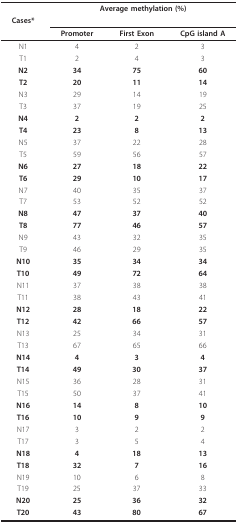
<table><thead><tr><td></td><td colspan="3"><b>Average methylation (%)</b></td></tr><tr><td><b>Cases*</b></td><td></td><td></td><td></td></tr><tr><td></td><td><b>Promoter</b></td><td><b>First Exon</b></td><td><b>CpG island A</b></td></tr></thead><tbody><tr><td>N1</td><td>4</td><td>2</td><td>3</td></tr><tr><td>T1</td><td>2</td><td>4</td><td>3</td></tr><tr><td><b>N2</b></td><td><b>34</b></td><td><b>75</b></td><td><b>60</b></td></tr><tr><td><b>T2</b></td><td><b>20</b></td><td><b>11</b></td><td><b>14</b></td></tr><tr><td>N3</td><td>29</td><td>14</td><td>19</td></tr><tr><td>T3</td><td>37</td><td>19</td><td>25</td></tr><tr><td><b>N4</b></td><td><b>2</b></td><td><b>2</b></td><td><b>2</b></td></tr><tr><td><b>T4</b></td><td><b>23</b></td><td><b>8</b></td><td><b>13</b></td></tr><tr><td>N5</td><td>37</td><td>22</td><td>28</td></tr><tr><td>T5</td><td>59</td><td>56</td><td>57</td></tr><tr><td><b>N6</b></td><td><b>27</b></td><td><b>18</b></td><td><b>22</b></td></tr><tr><td><b>T6</b></td><td><b>29</b></td><td><b>10</b></td><td><b>17</b></td></tr><tr><td>N7</td><td>40</td><td>35</td><td>37</td></tr><tr><td>T7</td><td>53</td><td>52</td><td>52</td></tr><tr><td><b>N8</b></td><td><b>47</b></td><td><b>37</b></td><td><b>40</b></td></tr><tr><td><b>T8</b></td><td><b>77</b></td><td><b>46</b></td><td><b>57</b></td></tr><tr><td>N9</td><td>43</td><td>32</td><td>35</td></tr><tr><td>T9</td><td>46</td><td>29</td><td>35</td></tr><tr><td><b>N10</b></td><td><b>35</b></td><td><b>34</b></td><td><b>34</b></td></tr><tr><td><b>T10</b></td><td><b>49</b></td><td><b>72</b></td><td><b>64</b></td></tr><tr><td>N11</td><td>37</td><td>38</td><td>38</td></tr><tr><td>T11</td><td>38</td><td>43</td><td>41</td></tr><tr><td><b>N12</b></td><td><b>28</b></td><td><b>18</b></td><td><b>22</b></td></tr><tr><td><b>T12</b></td><td><b>42</b></td><td><b>66</b></td><td><b>57</b></td></tr><tr><td>N13</td><td>25</td><td>34</td><td>31</td></tr><tr><td>T13</td><td>67</td><td>65</td><td>66</td></tr><tr><td><b>N14</b></td><td><b>4</b></td><td><b>3</b></td><td><b>4</b></td></tr><tr><td><b>T14</b></td><td><b>49</b></td><td><b>30</b></td><td><b>37</b></td></tr><tr><td>N15</td><td>36</td><td>28</td><td>31</td></tr><tr><td>T15</td><td>50</td><td>37</td><td>41</td></tr><tr><td><b>N16</b></td><td><b>14</b></td><td><b>8</b></td><td><b>10</b></td></tr><tr><td><b>T16</b></td><td><b>10</b></td><td><b>9</b></td><td><b>9</b></td></tr><tr><td>N17</td><td>3</td><td>2</td><td>2</td></tr><tr><td>T17</td><td>3</td><td>5</td><td>4</td></tr><tr><td><b>N18</b></td><td><b>4</b></td><td><b>18</b></td><td><b>13</b></td></tr><tr><td><b>T18</b></td><td><b>32</b></td><td><b>7</b></td><td><b>16</b></td></tr><tr><td>N19</td><td>10</td><td>6</td><td>8</td></tr><tr><td>T19</td><td>25</td><td>37</td><td>33</td></tr><tr><td><b>N20</b></td><td><b>25</b></td><td><b>36</b></td><td><b>32</b></td></tr><tr><td><b>T20</b></td><td><b>43</b></td><td><b>80</b></td><td><b>67</b></td></tr></tbody></table>